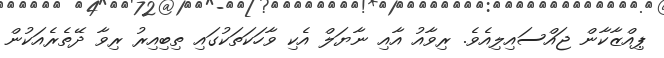
ޕިއްޒާކާން ޖައްސައިލިއެވެ. ރިވާއު އާއި ނާޔަލް އެކި ވާހަކަތަކުގައި ތިބިއިރު ރިވާ ދޭތެރެއަކުން